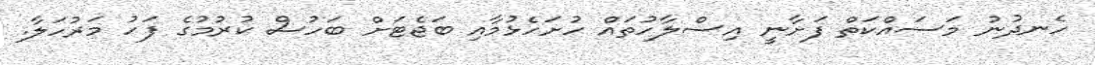
ހެނދުނު މަސައްކަތް ފަށާނީ އިސްލާހުތައް ހުށަހެޅުމާއި ބަޖެޓަށް ބަހުސް ކުރުމުގެ ފަހު މަރުހަލާ.